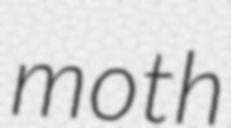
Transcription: moth